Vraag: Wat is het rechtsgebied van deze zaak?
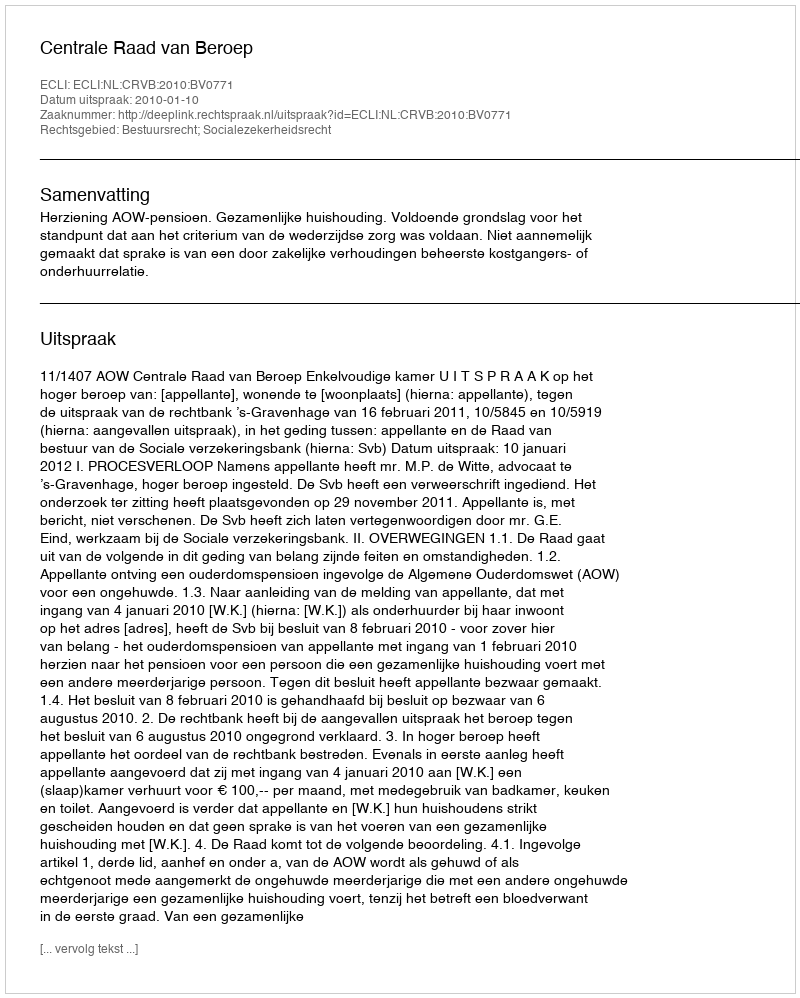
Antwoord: Bestuursrecht; Socialezekerheidsrecht